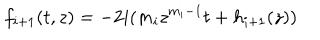
f _ { i + 1 } ( t , z ) = - 2 i ( m _ { i } z ^ { m _ { i } - 1 } t + h _ { i + 1 } ( z ) )